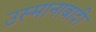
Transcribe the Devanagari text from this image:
उस्मानाबादी